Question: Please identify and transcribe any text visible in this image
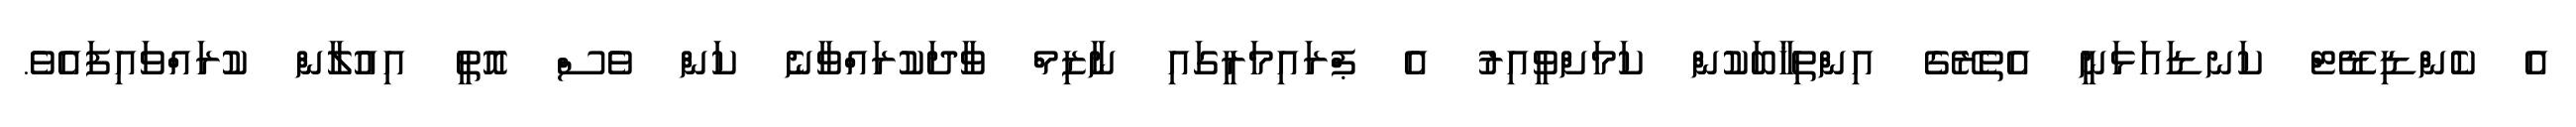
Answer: އެ ކެންޑިޑޭޓް ކަނޑައަޅަނީ އެތެރޭގެ އިންތިޚާބަކުން ކަމަށްވީއިރު އެ ޕްރައިމަރީގައި ނާޒިމް ވާދަކުރައްވާނެ ކަން ވެސް އޮތީ އިއުލާން ކުރައްވައިފައެވެ.